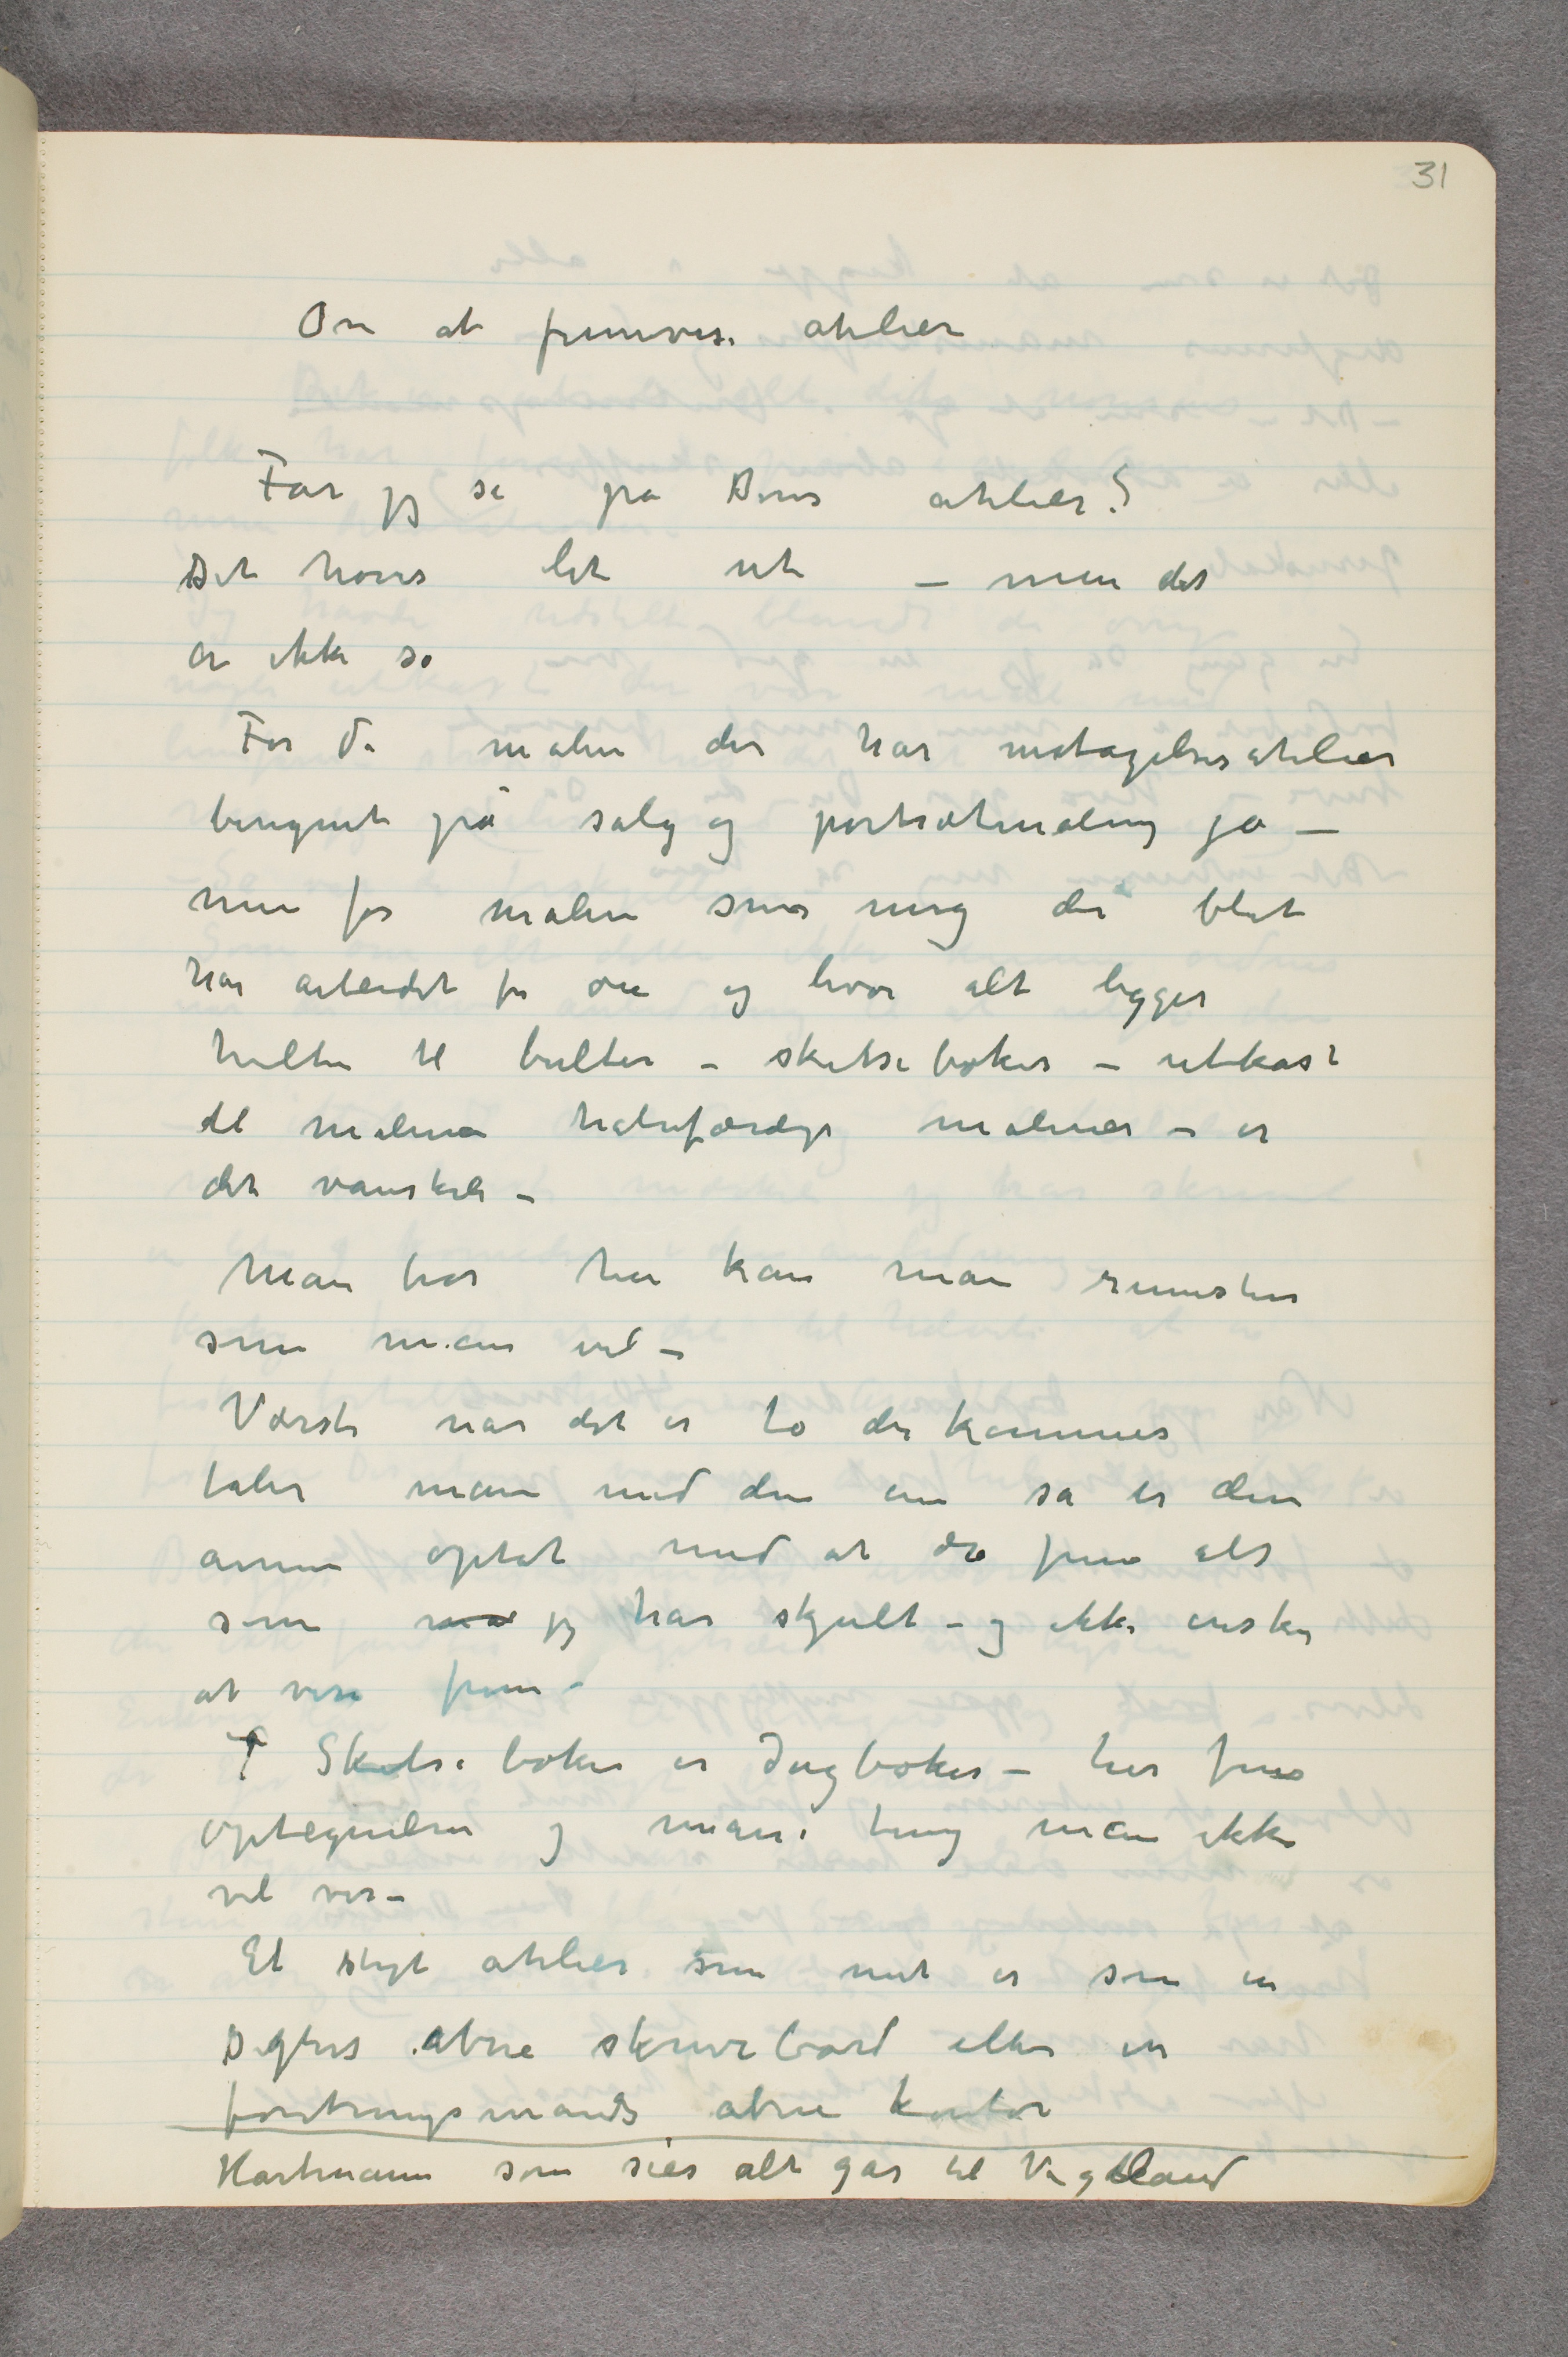
Om at fremvise atelier
Får jeg se på Deres atelier?
Det høres let ut – men det
er ikke så
For de malere der har motagelsesatelier
beregnet på salg og portrætmaling ja –
men for malere som mig der blot
har arbeidet for øie og hvor alt ligger
hulter til bulter – skitsebøker – utkast
til malerier halvfærdige malerier – er
det vanskeli –
Man tror her kan man rumstere
som man vil –
 Værste når det er to der kommer
taler man med den ene så er den
annen optat med at dra frem alt
som må jeg har skjult – og ikke ønsker
at vise frem –
 …  Skitsebøker er dagbøker – her fins
optegnelser og masse ting man ikke
vil vise –
Et stygt atelier som mit er som en
Digters åbne skrivebord eller en
foretningsmands åbne kontor
Hartmannn som sier alt går til Vigeland